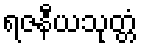
ရဇနီယသုတ္တံ